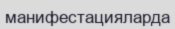
манифестацияларда